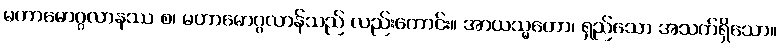
မဟာမောဂ္ဂလာနဿ စ၊ မဟာမောဂ္ဂလာန်သည် လည်းကောင်း။ အာယသ္မတော၊ ရှည်သော အသက်ရှိသော။